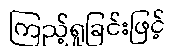
ကြည့်ရှုခြင်းဖြင့်